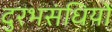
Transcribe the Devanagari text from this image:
दुरभसंधियों